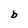
Character: b